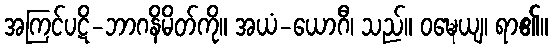
အကြင်ပဋိ-ဘာဂနိမိတ်ကို။ အယံ-ယောဂီ၊ သည်။ ဝဍ္ဎေယျ၊ ရာ၏။